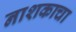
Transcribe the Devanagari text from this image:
नाशकाचा